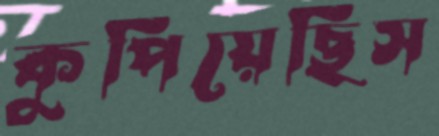
কুপিয়েছিস